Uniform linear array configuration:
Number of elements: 32
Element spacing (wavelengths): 1
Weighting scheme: kaiser
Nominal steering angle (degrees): -30
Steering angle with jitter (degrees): -30.844
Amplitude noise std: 0.05
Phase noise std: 0.05

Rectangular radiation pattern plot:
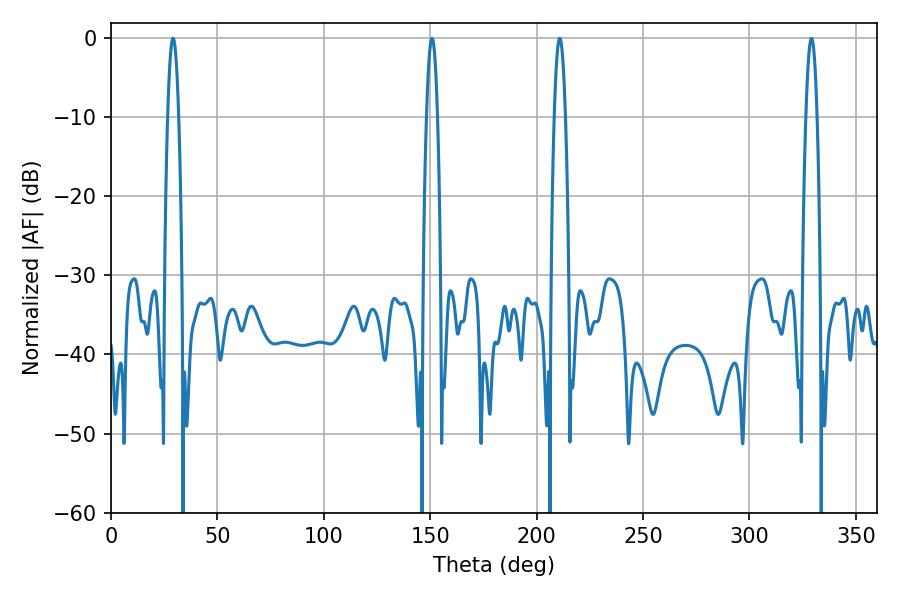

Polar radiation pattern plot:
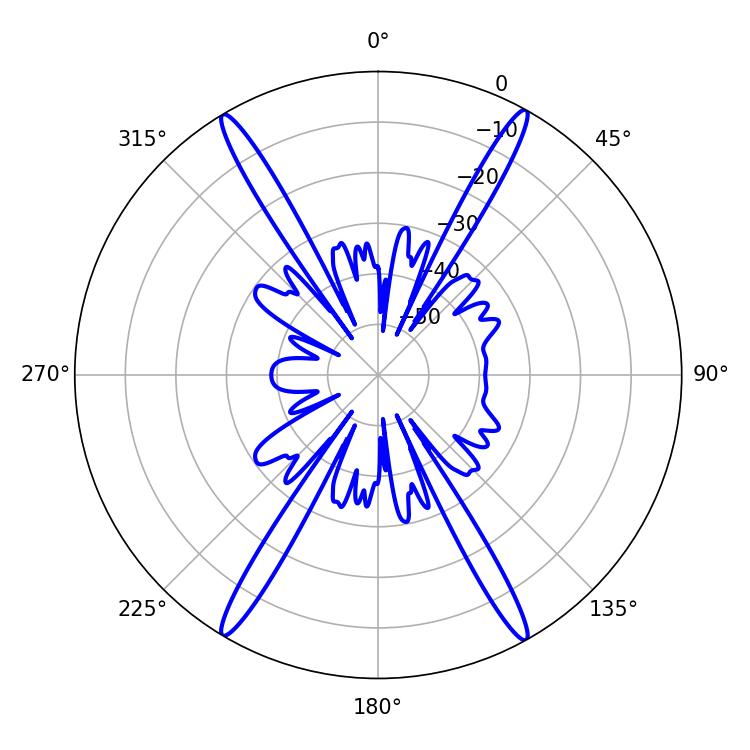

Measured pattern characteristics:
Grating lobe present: TRUE
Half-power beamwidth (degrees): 2.88
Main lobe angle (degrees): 29.16